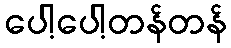
ပေါ့ပေါ့တန်တန်